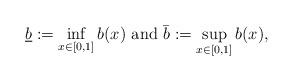
LaTeX: \begin{align*}\underline{b}:=\inf_{x\in[0,1]}b(x) \mbox{ and } \bar{b}:=\sup_{x\in[0,1]}b(x),\end{align*}